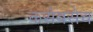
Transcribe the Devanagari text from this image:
कसेबसेच